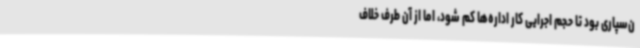
ن‌سپاری بود تا حجم اجرایی کار اداره‌ها کم شود، اما از آن طرف خلاف